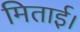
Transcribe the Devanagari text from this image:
मिताई।